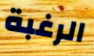
الرغبة